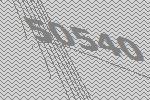
50540